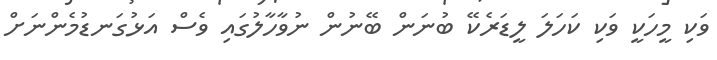
ވަކި މީހަކީ ވަކި ކަހަލަ ލީޑަރެކޭ ބުނަން ބޭނުން ނުވާހާލުގައި ވެސް އަޅުގަނޑުމެންނަށް